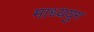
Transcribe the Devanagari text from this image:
माध्ययुग